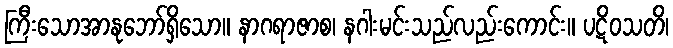
ကြီးသောအာနုဘော်ရှိသော။ နာဂရာဇာစ၊ နဂါးမင်းသည်လည်းကောင်း။ ပဋိဝသတိ၊